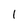
Character: l